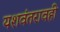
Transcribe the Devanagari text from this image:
यशवंतरावही